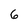
Character: 6